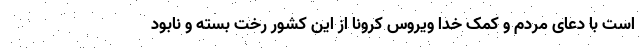
است با دعای مردم و کمک خدا ویروس کرونا از این کشور رخت بسته و نابود